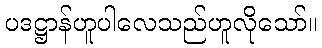
ပဒဋ္ဌာန်ဟူပါလေသည်ဟူလိုသော်။